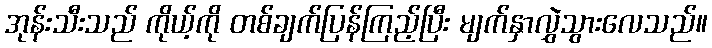
အုန်းသီးသည် ကိုယ့်ကို တစ်ချက်ပြန်ကြည့်ပြီး မျက်နှာလွှဲသွားလေသည်။